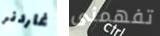
غاردنر تفهمنى